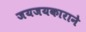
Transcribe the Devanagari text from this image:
जयजयकाराने